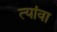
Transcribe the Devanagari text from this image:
त्यांवा